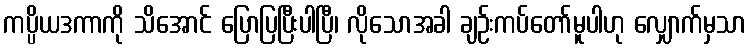
ကပ္ပိယဒကာကို သိအောင် ပြောပြပြီးပါပြီ၊ လိုသောအခါ ချဉ်းကပ်တော်မူပါဟု လျှောက်မှသာ